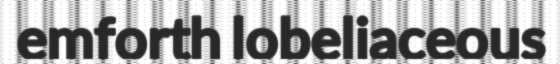
emforth lobeliaceous